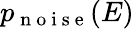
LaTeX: p_{\mathrm{~n~o~i~s~e~}}(E)